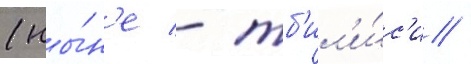
(ны́н'е - тб'ил'и́с'и /